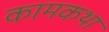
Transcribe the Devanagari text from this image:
कामकथा